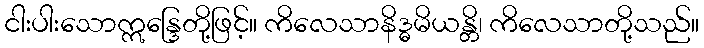
ငါးပါးသောဣန္ဒြေတို့ဖြင့်။ ကိလေသာနိဒ္ဓမိယန္တိ၊ ကိလေသာတို့သည်။